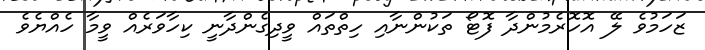
ޒަހަމުވެ ލޭ އޮހޮރެމުންދާ ފޮޓޯ ތަކުންނާއި ހިތްތައް ވީދިގެންދާނީ ކިހާވަރެއް ވީމާ ހެއްޔެވެ